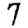
Digit: 7